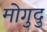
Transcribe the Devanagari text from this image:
मोगुदु